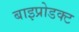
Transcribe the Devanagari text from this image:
बाइप्रोडक्ट